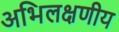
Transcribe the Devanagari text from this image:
अभिलक्षणीय